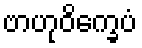
ဗာဟုဝိက္ခေပံ